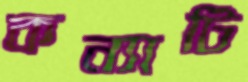
কন্যাটি